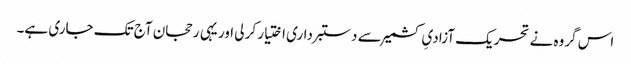
اس گروہ نے تحریک آزادیِ کشمیر سے دستبرداری اختیار کر لی اور یہی رحجان آج تک جاری ہے۔